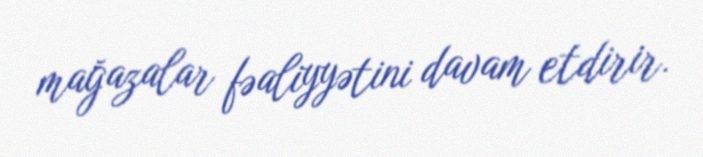
mağazalar fəaliyyətini davam etdirir.